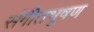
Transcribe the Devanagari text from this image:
संगीतभूषण